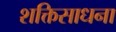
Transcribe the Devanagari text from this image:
शक्तिसाधना